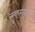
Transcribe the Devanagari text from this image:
सुक्ष्मदर्शक